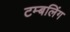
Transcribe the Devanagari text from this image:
टम्बलिंग